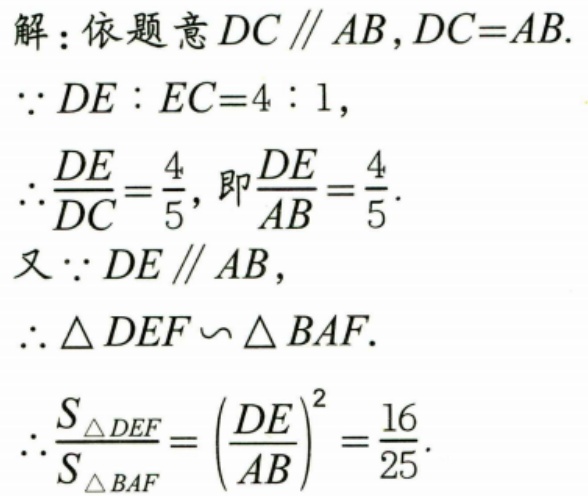
解：依题意\(DC\parallel AB\)，\(DC = AB\).
\(\because DE:EC = 4:1\)，
\(\therefore\frac{DE}{DC}=\frac{4}{5}\)，即\(\frac{DE}{AB}=\frac{4}{5}\).
又\(\because DE\parallel AB\)，
\(\therefore\triangle DEF\sim\triangle BAF\).
\(\therefore\frac{S_{\triangle DEF}}{S_{\triangle BAF}}=\left(\frac{DE}{AB}\right)^2=\frac{16}{25}\).